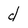
Character: d